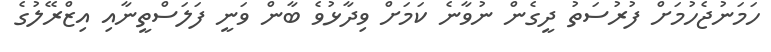
ހަމަނުޖެހުމަށް ފުރުސަތު ދީގެން ނުވާނެ ކަމަށް ވިދާޅުވެ ބާން ވަނީ ފަލަސްތީނާއި އިޒްރޭލުގެ